Annual report on the Civil Veterinary Department, Burma (including the Insein Veterinary School) - 1910-1922
Year: 1910
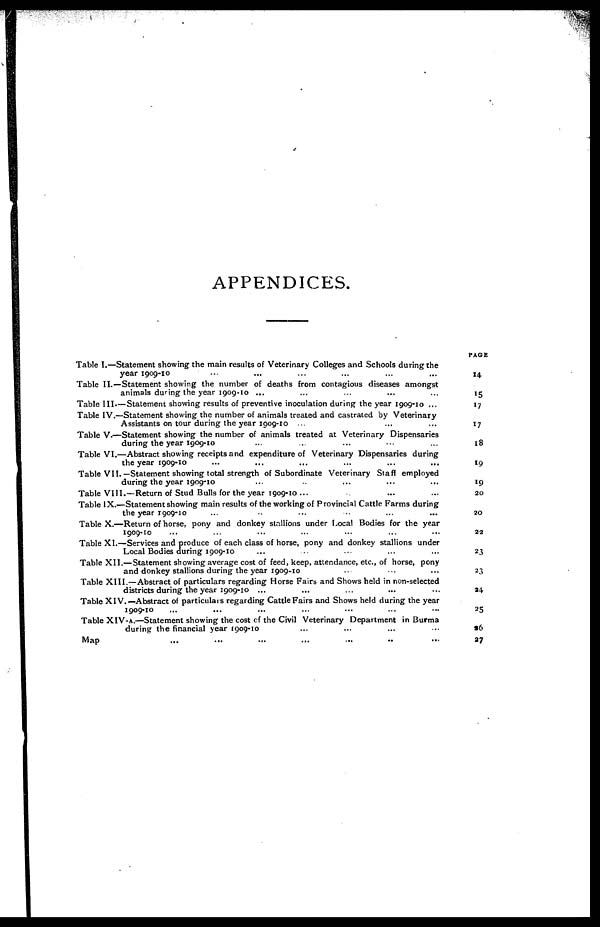
APPENDICES.
Table I.—Statement showing the main results of Veterinary Colleges and Schools during the
year 1909-10 ... ... ... ... ... ...
Table II.—Statement showing the number of deaths from contagious diseases amongst
animals during the year 1909-10 ... ... ... ... ... ...
Table III.—Statement showing results of preventive inoculation during the year 1909-10 ...
Table IV.—Statement showing the number of animals treated and castrated by Veterinary
Assistants on tour during the year 1909-10 ... ... ...
Table V.—Statement showing the number of animals treated at Veterinary Dispensaries
during the year 1909-10 ... ... ... ... ...
Table VI.—Abstract showing receipts and expenditure of Veterinary Dispensaries during
the year 1909-10 ... ... ... ... ... ...
Table VII.—Statement showing total strength of Subordinate Veterinary Staff employed
during the year 1909-10 ... ... ... ... ... ...
Table VIII.—Return of Stud Bulls for the year 1909-10 ... ... ... ... ...
Table IX.—Statement showing main results of the working of Provincial Cattle Farms during
the year 1909-10 ... ... ...
Table X.—Return of horse, pony and donkey stallions under Local Bodies for the year
1909-10 ... ...
Table XI.—Services and produce of each class of horse, pony and donkey stallions under
Local Bodies during 1909-10 ... ...
Table XII.— Statement showing average cost of feed, keep, attendance, etc., of horse, pony
and donkey stallions during the year 1909-10 ... ...
Table XIII.—Abstract of particulars regarding Horse Fairs and Shows held in non-selected
districts during the year 1909-10 ... ...
Table XIV.—Abstract of particulars regarding Cattle Fairs and Shows held during the year
1909-10 ... ... ... ... ... ... ...
Table XIV-A.—Statement showing the cost of the Civil Veterinary Department in Burma
during the financial year 1909-10 ... ... ...
Map ... ... ... ... ... ... ...
PAGE
14
15
17
17
18
19
19
20
20
22
23
23
24
25
26
27